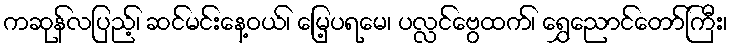
ကဆုန်လပြည့်၊ ဆင်မင်းနေ့ဝယ်၊ မြေ့ပရမေ၊ ပလ္လင်ဗွေထက်၊ ရွှေညောင်တော်ကြီး၊